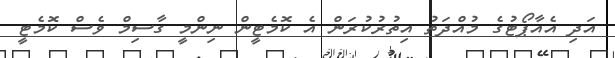
އަދި އެއާޕޯޓުގެ މުއްދަތު އިތުރުކުރަން އެ ކޮމެޓީން ނިންމީ ގާސިމް ވެސް ކޮމެޓީ